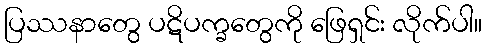
ပြဿနာတွေ ပဋိပက္ခတွေကို ဖြေရှင်း လိုက်ပါ။